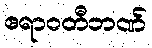
ဧရာဝတီဘဏ်